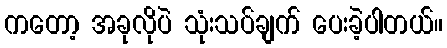
ကတော့ အခုလိုပဲ သုံးသပ်ချက် ပေးခဲ့ပါတယ်။